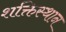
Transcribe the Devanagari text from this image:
शक्तिस्थान